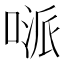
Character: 𠸁